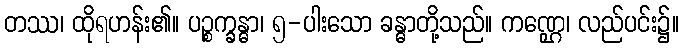
တဿ၊ ထိုရဟန်း၏။ ပဉ္စက္ခန္ဓာ၊ ၅-ပါးသော ခန္ဓာတို့သည်။ ကဏ္ဌေ၊ လည်ပင်း၌။